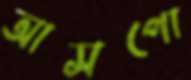
আসপো